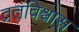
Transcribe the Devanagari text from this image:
व्रतविश्वास